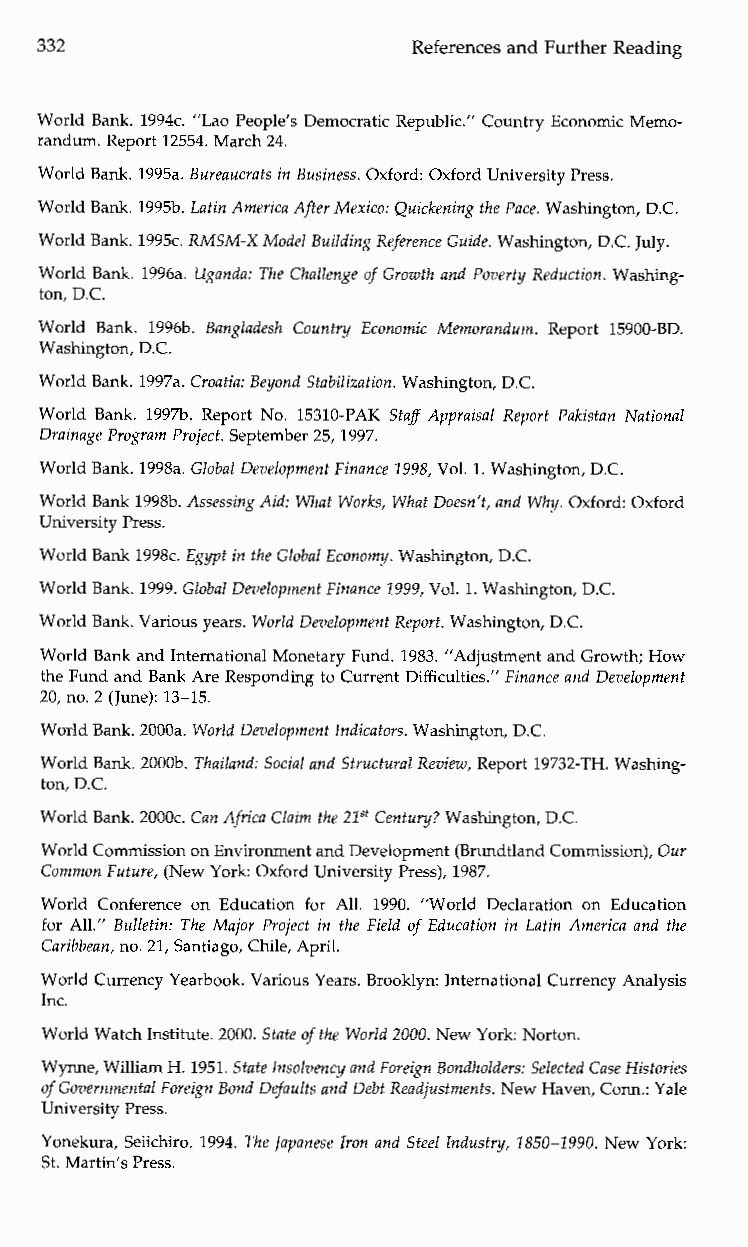
332                     References and Further Reading
 World Bank. 1994c. “Lao People’s Democratic Republic.” Country Economic Memo-
 randum. Report 12554. March 24.
 World Bank. 1995a. Bureaucrats in Business. Oxford: Oxford University Press.
 World Bank. 199513. Latin America After Mexico: Quickening the Pace. Washington, D.C.
 World Bank. 1995c. RMSM-X Model Building Reference Guide. Washington, D.C. July.
 World Bank. 1996a. Uganda: The Challenge of Growth and Poverty Reduction. Washing-
 ton, D.C.
 World Bank. 199613. BangladeshC ountryE conomicM emorandum. Report 15900-BD.
 Washington, D.C.
 World Bank. 1997a. Croatia: Beyond Stabilization. Washington, D.C.
 World Bank.1 997b. Report No. 15310-PAK Staff AppraisalR eport Pakistan National
 Drainage Program Project. September 25, 1997.
 World Bank. 1998a. Global Development Finance 1998, Vol. 1. Washington, D.C.
 World Bank 1998b. Assessing Aid: What Works, What Doesn’t, and Why. Oxford: Oxford
 University Press.
 World Bank 1998c. Egypt in the Global Economy. Washington, D.C.
 World Bank. 1999. Global Development Finance 1999, Vol. 1. Washington, D.C.
 World Bank. Various years. World Development Report. Washington, D.C.
 World Bank and International Monetary Fund. 1983. ”Adjustment and Growth; How
 the Fund and Bank Are Responding to Current Difficulties.” Finance and Development
 20, no. 2 (June): 13-15.
 World Bank. 2000a. World Development Indicators. washington, D.C.
 World Bank. 2000b. Thailand: Social and Structural Review, Report 19732-TH. Washing-
 ton, D.C.
 World Bank. 2000c. Can Africa Claim the 2ZS‘ Century? Washington, D.C.
 World Commission on Environment and Development (Brundtland Commission), Our
 Common Future, (New York: Oxford University Press), 1987.
 World Conference on Education for All.1 990. ”World Declaration on Education
 for All.” Bulletin: The Major Project in the Field of Education in Latin America and the
 Caribbean, no. 21, Santiago, Chile, April.
 World Currency Yearbook. Various Years. Brooklyn: International Currency Analysis
 Inc.
 World Watch Institute. 2000. State of the World 2000. New York Norton.
 Wynne, William H. 1951. State Insolvency and Foreign Bondholders: Selected Case Histories
 of Governmental Foreign Bond Defaults and Debt Readjustments. New Haven, Corn.: Yale
 University Press.
 Yonekura, Seiichiro. 1994. The Japanese Iron and Steel Industry, 2850-1990. New York:
 St. Martin’s Press.